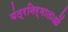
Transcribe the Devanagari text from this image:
यंत्रनिर्माताओं